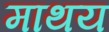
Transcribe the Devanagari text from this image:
माथय